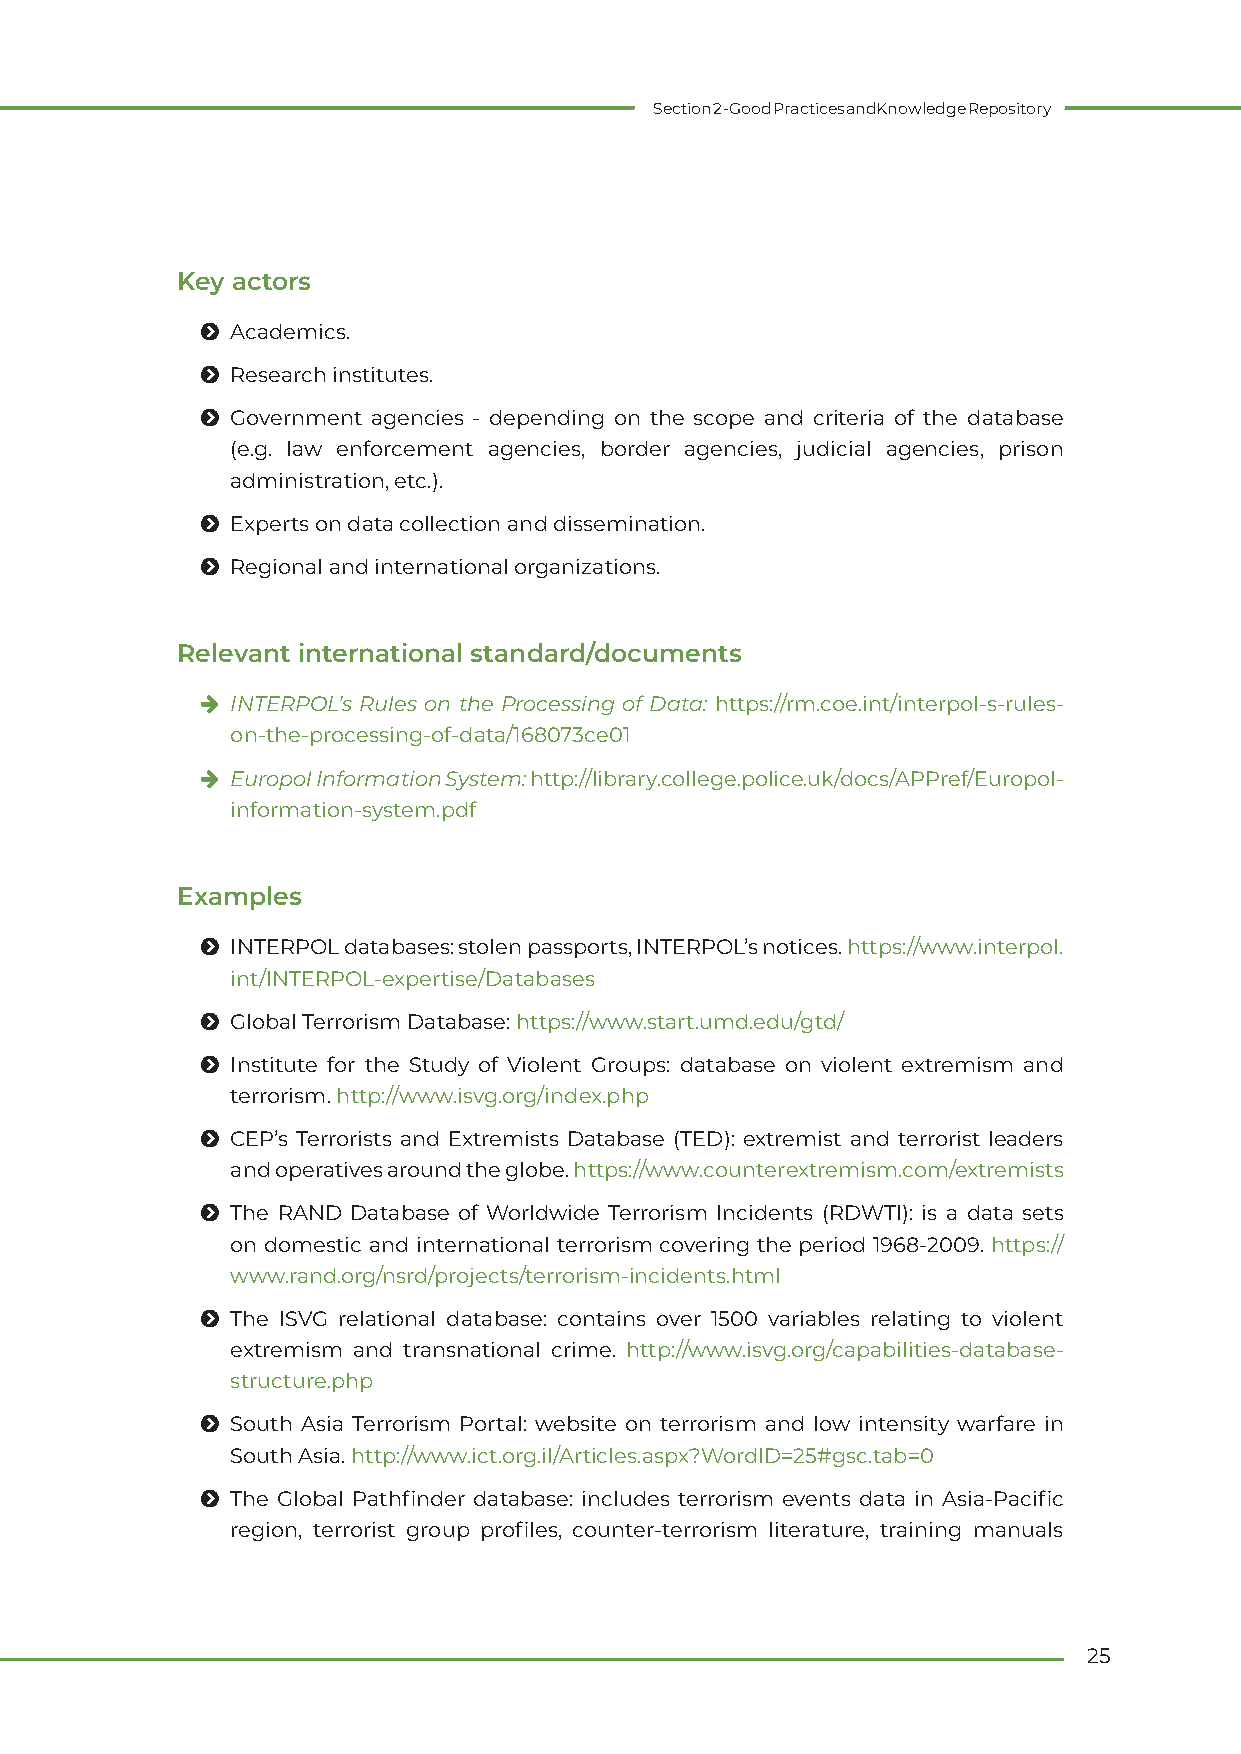
Section 2 - Good Practices and Knowledge Repository
 Key actors
 Ħ Academics.
 Ħ Research institutes.
 Ħ Government agencies - depending on the scope and criteria of the database
 (e.g. law enforcement agencies, border agencies, judicial agencies, prison
 administration, etc.).
 Ħ Experts on data collection and dissemination.
 Ħ Regional and international organizations.
 Relevant international standard/documents
 h INTERPOL’s Rules on the Processing of Data: https://rm.coe.int/interpol-s-rules-
 on-the-processing-of-data/168073ce01
 h Europol Information System: http://library.college.police.uk/docs/APPref/Europol-
 information-system.pdf
 Examples
 Ħ INTERPOL databases: stolen passports, INTERPOL’s notices. https://www.interpol.
 int/INTERPOL-expertise/Databases
 Ħ Global Terrorism Database: https://www.start.umd.edu/gtd/
 Ħ Institute for the Study of Violent Groups: database on violent extremism and
 terrorism. http://www.isvg.org/index.php
 Ħ CEP’s Terrorists and Extremists Database (TED): extremist and terrorist leaders
 and operatives around the globe. https://www.counterextremism.com/extremists
 Ħ The RAND Database of Worldwide Terrorism Incidents (RDWTI): is a data sets
 on domestic and international terrorism covering the period 1968-2009. https://
 www.rand.org/nsrd/projects/terrorism-incidents.html
 Ħ The ISVG relational database: contains over 1500 variables relating to violent
 extremism and transnational crime. http://www.isvg.org/capabilities-database-
 structure.php
 Ħ South Asia Terrorism Portal: website on terrorism and low intensity warfare in
 South Asia. http://www.ict.org.il/Articles.aspx?WordID=25#gsc.tab=0
 Ħ The Global Pathfinder database: includes terrorism events data in Asia-Pacific
 region, terrorist group profiles, counter-terrorism literature, training manuals
 25